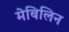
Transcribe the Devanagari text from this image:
मेबिलिन